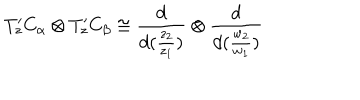
LaTeX: T _ { z } ^ { \prime } C _ { \alpha } \otimes T _ { z } ^ { \prime } C _ { \beta } \cong \frac { d } { d ( \frac { z _ { 2 } } { z _ { 1 } } ) } \otimes \frac { d } { d ( \frac { w _ { 2 } } { w _ { 1 } } ) }